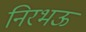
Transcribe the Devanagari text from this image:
निरभऊ